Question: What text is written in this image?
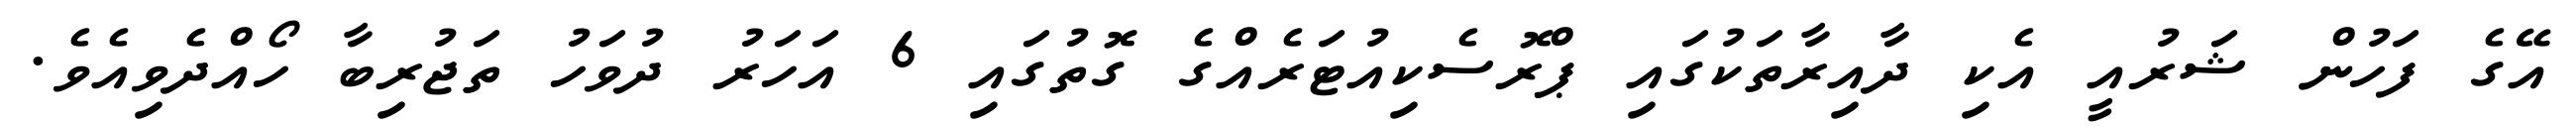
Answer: އޭގެ ފަހުން ޝަރުއީ އެކި ދާއިރާތަކުގައި ޕްރޮސެކިއުޓަރެއްގެ ގޮތުގައި 6 އަހަރު ދުވަހު ތަޖުރިބާ ހޯއްދެވިއެވެ.